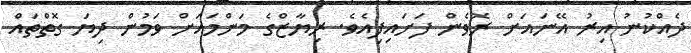
ދެއްކުނު އިރު އޭނައަށް ރޮވެން ފަށައިފިއެވެ. ރިޔާޒްގެ މަންމައަށް ވަމުން ދިޔަ ގޮތްތައް